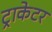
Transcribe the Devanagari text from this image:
ट्राकेटर